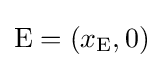
\mathrm {E} =(x_{\mathrm {E} },0)